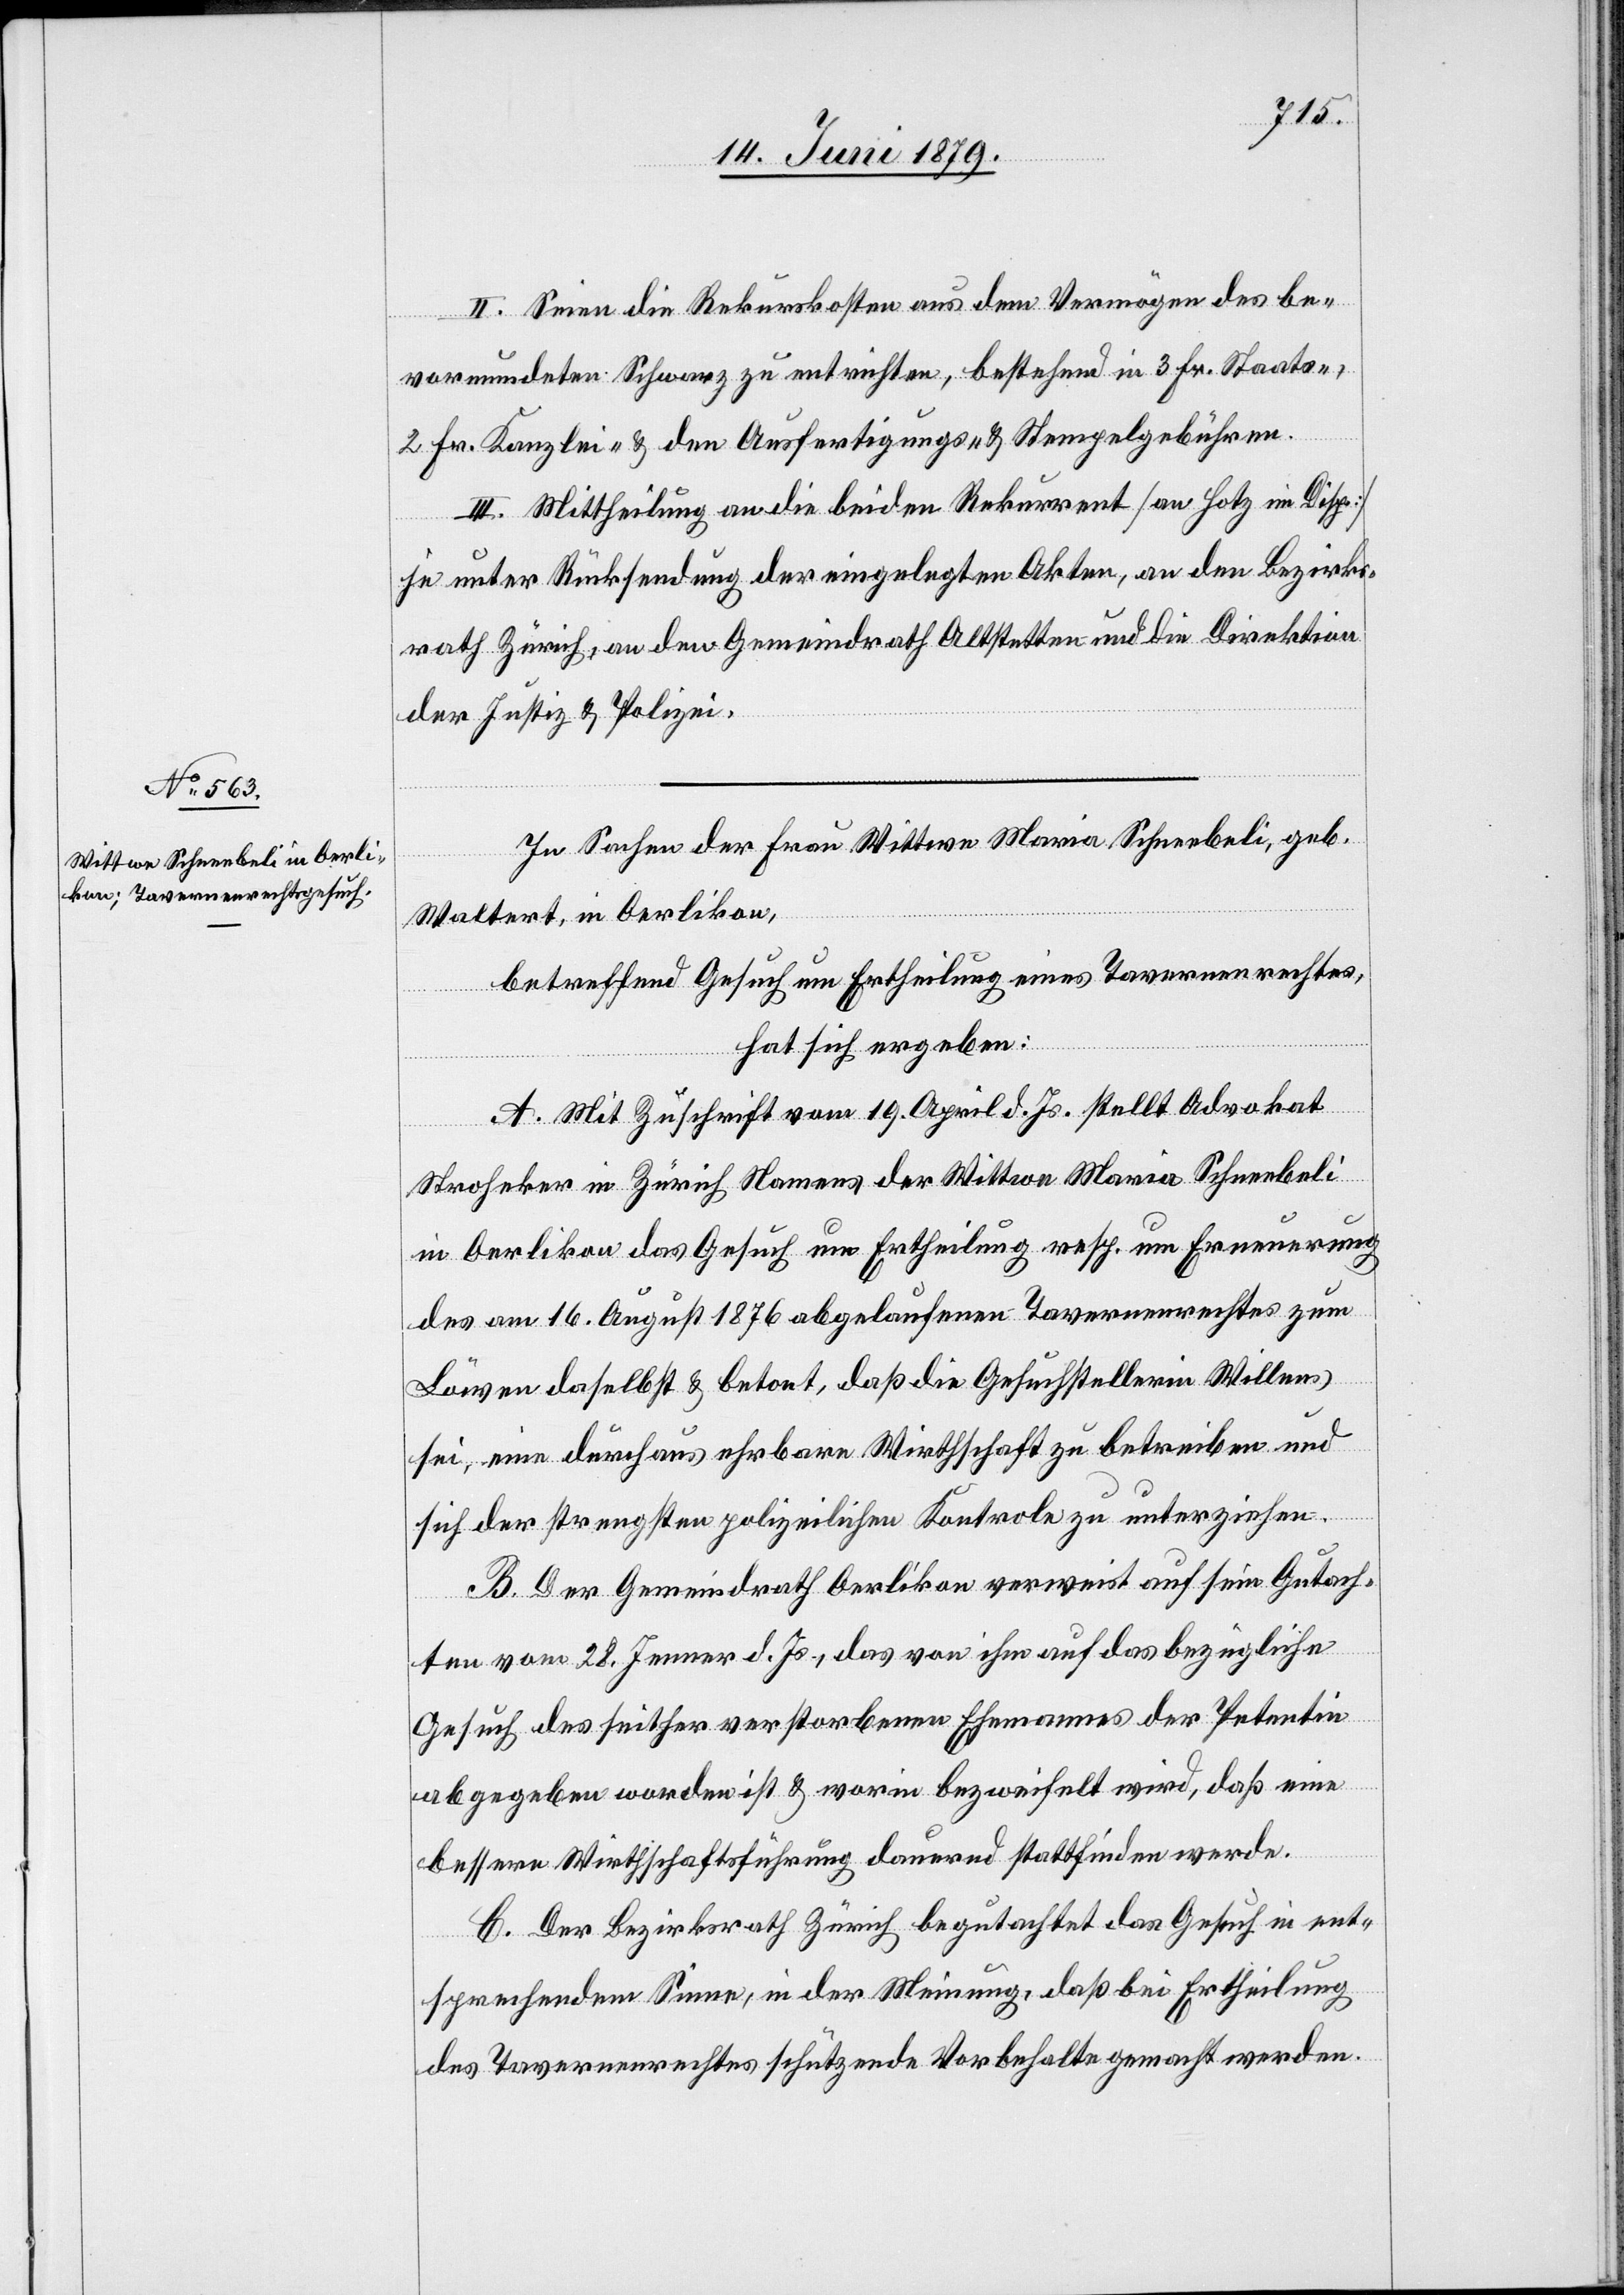
II. Seien die Rekurskosten aus dem Vermögen des be¬
vormundeten Schwarz zu entrichten, bestehend in 3 Fr. Staats-,
2 Fr. Kanzlei, & den Ausfertigungs- & Stempelgebühren.
III. Mittheilung an die beiden Rekurrent [an Hotz im Disp.]
je unter Rücksendung der eingelegten Akten, an den Bezirks¬
rath Zürich, an den Gemeindrath Altstetten und die Direktion
der Justiz & Polizei.
In Sachen der Frau Wittwe Maria Schneebeli, geb.
Waltert, in Oerlikon,
betreffend Gesuch um Ertheilung eines Tavernenrechtes,
hat sich ergeben:
A. Mit Zuschrift vom 19. April d. Js. stellt Advokat
Stroheker in Zürich Namens der Wittwe Maria Schneebeli
in Oerlikon das Gesuch um Ertheilung resp. um Erneuerung
des am 16. August 1876 abgelaufenen Tavernenrechtes zum
Löwen daselbst & betont, daß die Gesuchstellerin Willens
sei, eine durchaus ehrbare Wirthschaft zu betreiben und
sich der strengsten polizeilichen Kontrole zu unterziehen.
B. Der Gemeindrath Oerlikon verweist auf sein Gutach¬
ten vom 28. Jenner d. Js., das von ihm auf das bezügliche
Gesuch des seither verstorbenen Ehemannes der Petentin
abgegeben worden ist & worin bezweifelt wird, daß eine
bessere Wirthschaftsführung dauernd stattfinden werde.
C. Der Bezirksrath Zürich begutachtete das Gesuch in ent¬
sprechendem Sinne, in der Meinung, daß bei Ertheilung
des Tavernenrechtes schützende Vorbehalte gemacht werden.